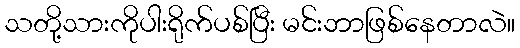
သတို့သားကိုပါးရိုက်ပစ်ပြီး မင်းဘာဖြစ်နေတာလဲ။